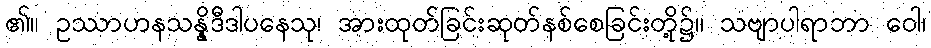
၏။ ဥဿာဟနသန္နိဒီဒါပနေသု၊ အားထုတ်ခြင်းဆုတ်နစ်စေခြင်းတို့၌။ သဗျာပါရာဘာ ဝေါ၊